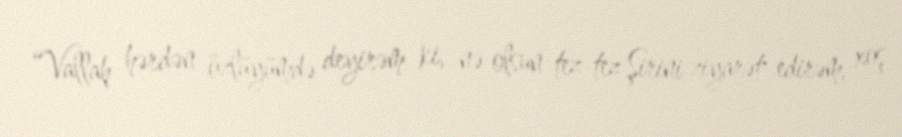
“Vallah hərdən özlüyümdə deyirəm ki, nə olsun tez-tez Şirini ziyarət edirəm, xoş